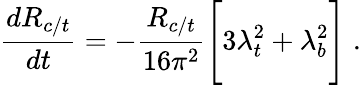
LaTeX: {\frac{dR_{c/t}}{dt}}=-{\frac{R_{c/t}}{16\pi^{2}}}\Bigg[3\lambda_{t}^{2}+\lambda_{b}^{2}\Bigg]\; .